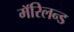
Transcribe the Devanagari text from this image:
मॅरिलन्ड